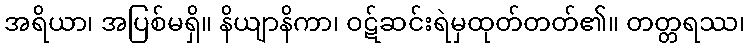
အရိယာ၊ အပြစ်မရှိ။ နိယျာနိကာ၊ ဝဋ်ဆင်းရဲမှထုတ်တတ်၏။ တတ္တရဿ၊